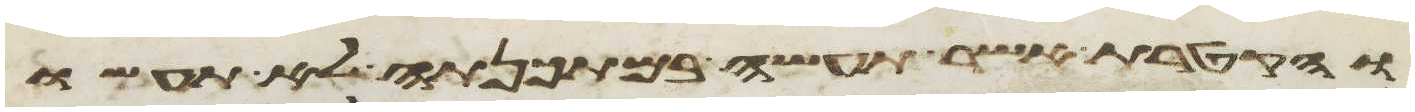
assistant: והקטרת אשר תעשה במתכנתה לא תעשו